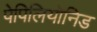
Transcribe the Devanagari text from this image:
पेपिलियोनिड